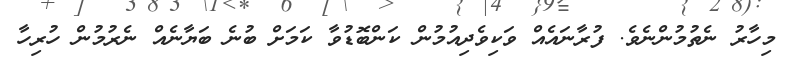
މިހާރު ނެތުމުންނެވެ. ފުރާނައެއް ވަކިވެދިއުމުން ކަންބޮޑުވާ ކަމަށް ބުނެ ބަޔާނެއް ނެރުމުން ހުރިހާ